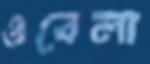
ওবেলা